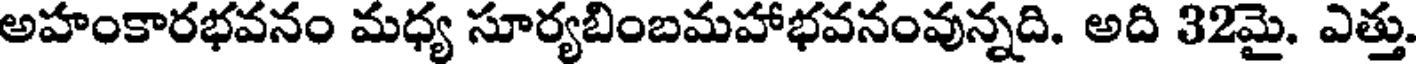
అహంకారభవనం మధ్య సూర్యబింబమహాభవనంవున్నది. అది 32మై. ఎత్తు.